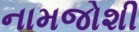
નામજોશી